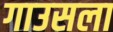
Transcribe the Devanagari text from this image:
गाउसला